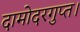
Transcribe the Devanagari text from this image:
दामोदरगुप्त।